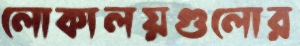
লোকালয়গুলোর